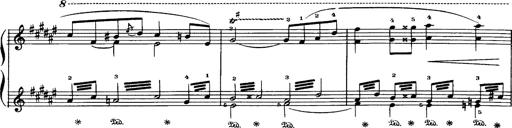
Title: Danza sacra e duetto finale dâ€™Aida
Composer: Franz Liszt